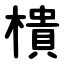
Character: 樻